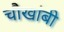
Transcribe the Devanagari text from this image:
चौखांबी